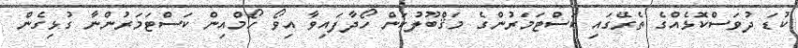
ކުޑަ ދުވަސްކޮޅެއްގެ ތެރޭގައި ކަސްޓަމަރުންގެ މަޤްބޫލުކަން ހޯދާފައިވާ އިވޯ ހޯމްއިން ކަސްޓަމަރުންނާ ގުޅިގެން